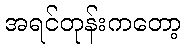
အရင်တုန်းကတော့